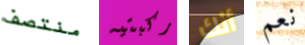
منتصف ركبتيه أنك نعم